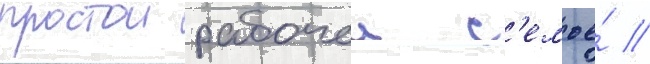
простои рабочеи с'емье́ //